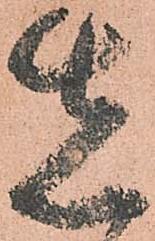
先